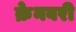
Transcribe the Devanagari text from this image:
क्रेनबरी